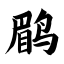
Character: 鹛